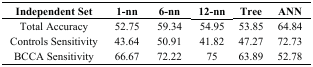
<table><thead><tr><td><b>Independent Set</b></td><td><b>1-nn</b></td><td><b>6-nn</b></td><td><b>12-nn</b></td><td><b>Tree</b></td><td><b>ANN</b></td></tr></thead><tbody><tr><td>Total Accuracy</td><td>52.75</td><td>59.34</td><td>54.95</td><td>53.85</td><td>64.84</td></tr><tr><td>Controls Sensitivity</td><td>43.64</td><td>50.91</td><td>41.82</td><td>47.27</td><td>72.73</td></tr><tr><td>BCCA Sensitivity</td><td>66.67</td><td>72.22</td><td>75</td><td>63.89</td><td>52.78</td></tr></tbody></table>